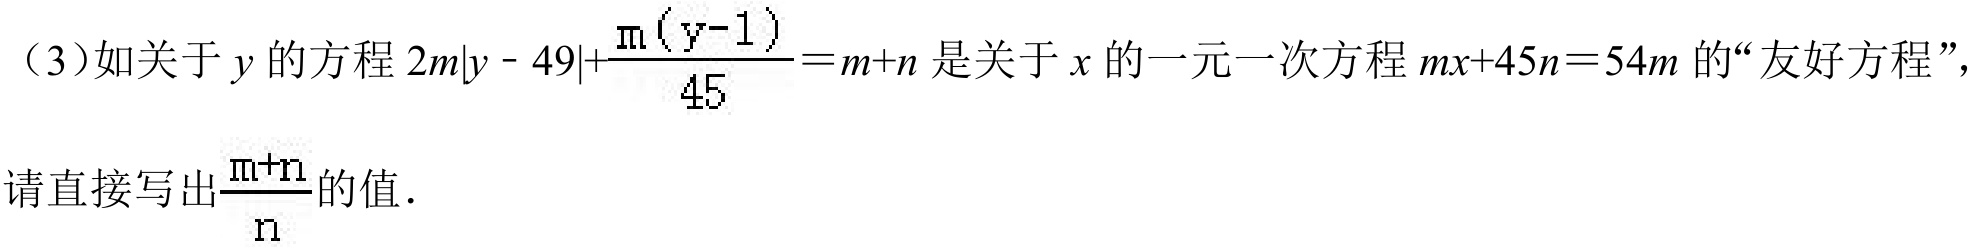
（3）如关于\(y\)的方程\(2m|y - 49|+\frac{m(y - 1)}{45}=m + n\)是关于\(x\)的一元一次方程\(mx + 45n = 54m\)的“友好方程”，
请直接写出\(\frac{m + n}{n}\)的值．